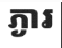
ភ្ងារ